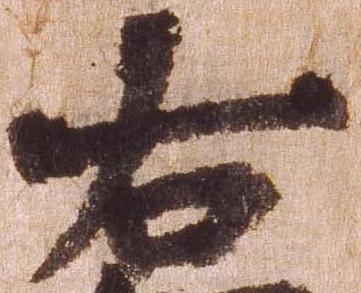
右